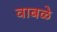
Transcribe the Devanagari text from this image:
वाबळे